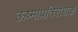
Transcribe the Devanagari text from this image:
ऊष्माप्रतिरोधक